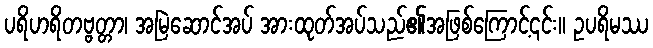
ပရိဟရိတဗ္ဗတ္တာ၊ အမြဲဆောင်အပ် အားထုတ်အပ်သည်၏အဖြစ်ကြောင့်၎င်း။ ဥပရိမဿ